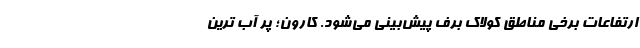
ارتفاعات برخی مناطق کولاک برف پیش‌بینی می‌شود. کارون؛ پر آب ترین